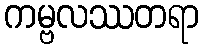
ကမ္ဗလဿတရာ